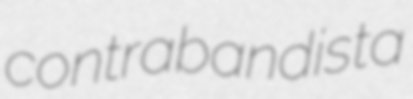
contrabandista